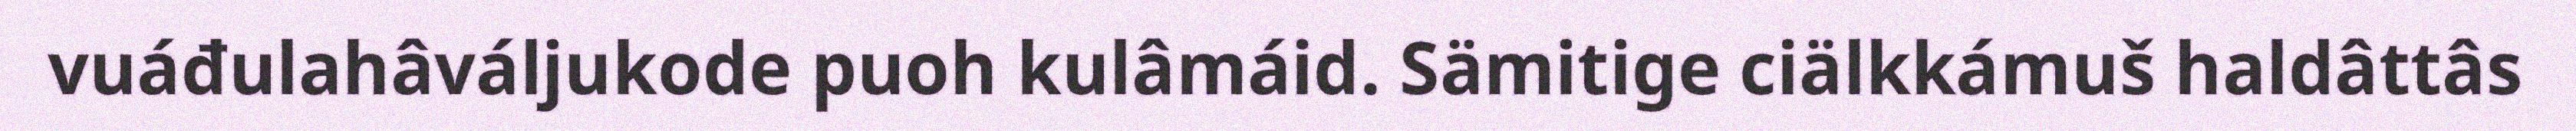
vuáđulahâváljukode puoh kulâmáid. Sämitige ciälkkámuš haldâttâs